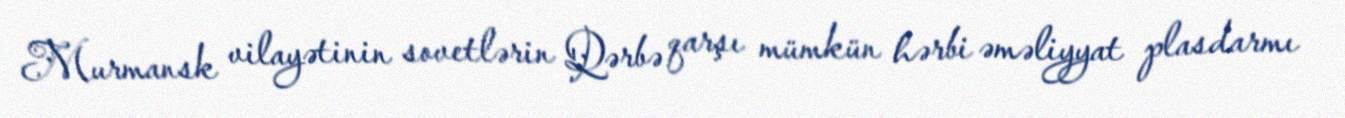
Murmansk vilayətinin sovetlərin Qərbə qarşı mümkün hərbi əməliyyat plasdarmı